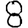
Digit: 8